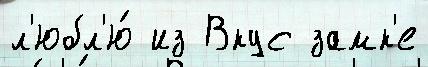
л'юбл'ю́ из Вкус замк'е